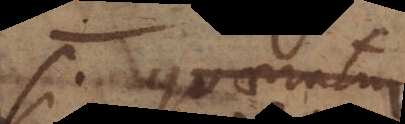
i quaeratur